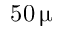
5 0 \, \upmu